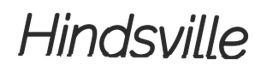
Hindsville